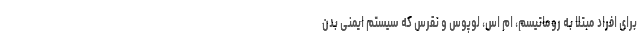
برای افراد مبتلا به روماتیسم، ام اس، لوپوس و نقرس که سیستم ایمنی بدن